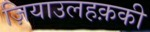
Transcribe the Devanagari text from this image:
ज़ियाउलहक़की